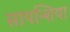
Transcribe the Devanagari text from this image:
सायन्शिया